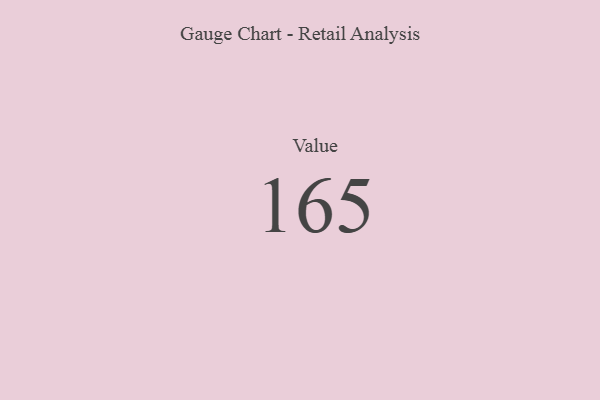
{"axis": {"x": "Metric", "y": "Value"}, "legend": [""], "data": [{"x": "Value", "y": 165, "type": ""}]}